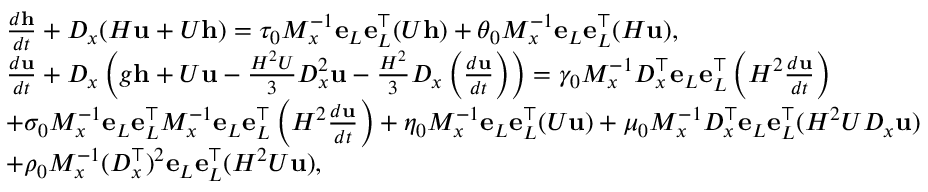
\begin{array} { r l } & { \frac { d \mathbf { h } } { d t } + D _ { x } ( H \mathbf { u } + U \mathbf { h } ) = \tau _ { 0 } M _ { x } ^ { - 1 } \mathbf { e } _ { L } \mathbf { e } _ { L } ^ { \top } ( U \mathbf { h } ) + \theta _ { 0 } M _ { x } ^ { - 1 } \mathbf { e } _ { L } \mathbf { e } _ { L } ^ { \top } ( H \mathbf { u } ) , } \\ & { \frac { d \mathbf { u } } { d t } + D _ { x } \left( g \mathbf { h } + U \mathbf { u } - \frac { H ^ { 2 } U } { 3 } D _ { x } ^ { 2 } \mathbf { u } - \frac { H ^ { 2 } } { 3 } D _ { x } \left( \frac { d \mathbf { u } } { d t } \right) \right) = \gamma _ { 0 } M _ { x } ^ { - 1 } D _ { x } ^ { \top } \mathbf { e } _ { L } \mathbf { e } _ { L } ^ { \top } \left( H ^ { 2 } \frac { d \mathbf { u } } { d t } \right) } \\ & { + \sigma _ { 0 } M _ { x } ^ { - 1 } \mathbf { e } _ { L } \mathbf { e } _ { L } ^ { \top } M _ { x } ^ { - 1 } \mathbf { e } _ { L } \mathbf { e } _ { L } ^ { \top } \left( H ^ { 2 } \frac { d \mathbf { u } } { d t } \right) + \eta _ { 0 } M _ { x } ^ { - 1 } \mathbf { e } _ { L } \mathbf { e } _ { L } ^ { \top } ( U \mathbf { u } ) + \mu _ { 0 } M _ { x } ^ { - 1 } D _ { x } ^ { \top } \mathbf { e } _ { L } \mathbf { e } _ { L } ^ { \top } ( H ^ { 2 } U D _ { x } \mathbf { u } ) } \\ & { + \rho _ { 0 } M _ { x } ^ { - 1 } ( D _ { x } ^ { \top } ) ^ { 2 } \mathbf { e } _ { L } \mathbf { e } _ { L } ^ { \top } ( H ^ { 2 } U \mathbf { u } ) , } \end{array}